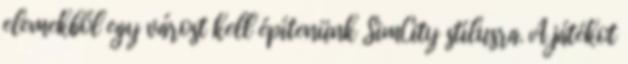
elemekből egy várost kell építenünk SimCity stílusra. A játékot